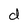
Character: d